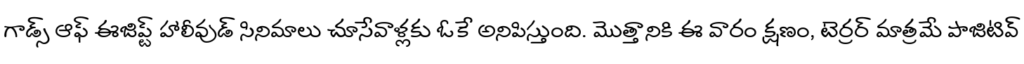
గాడ్స్ ఆఫ్ ఈజిప్ట్ హాలీవుడ్ సినిమాలు చూసేవాళ్లకు ఓకే అనిపిస్తుంది. మొత్తానికి ఈ వారం క్షణం, టెర్రర్ మాత్రమే పాజిటివ్